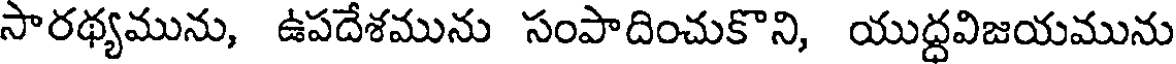
సారథ్యమును, ఉపదేశమును సంపాదించుకొని, యుద్ధవిజయమును